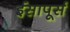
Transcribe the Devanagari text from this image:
ईसापूर्स